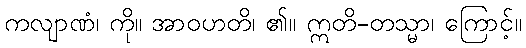
ကလျာဏံ၊ ကို။ အာဝဟတိ၊ ၏။ ဣတိ-တသ္မာ၊ ကြောင့်။